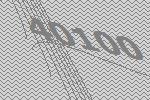
40100